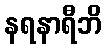
နရနာရီဘိ